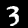
Label: 3